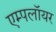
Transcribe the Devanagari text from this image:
एम्पलॉयर